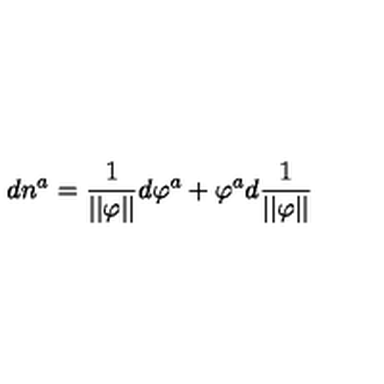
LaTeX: d n ^ { a } = \frac 1 { | | \varphi | | } d \varphi ^ { a } + \varphi ^ { a } d \frac 1 { | | \varphi | | }